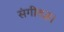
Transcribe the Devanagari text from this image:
संगीतज्ञ।